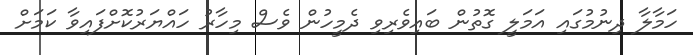
ހަމާލާ ދިނުމުގައި އަމަލީ ގޮތުން ބައިވެރިވި ދެމީހުން ވެސް މިހާރު ހައްޔަރުކޮށްފައިވާ ކަމަށް